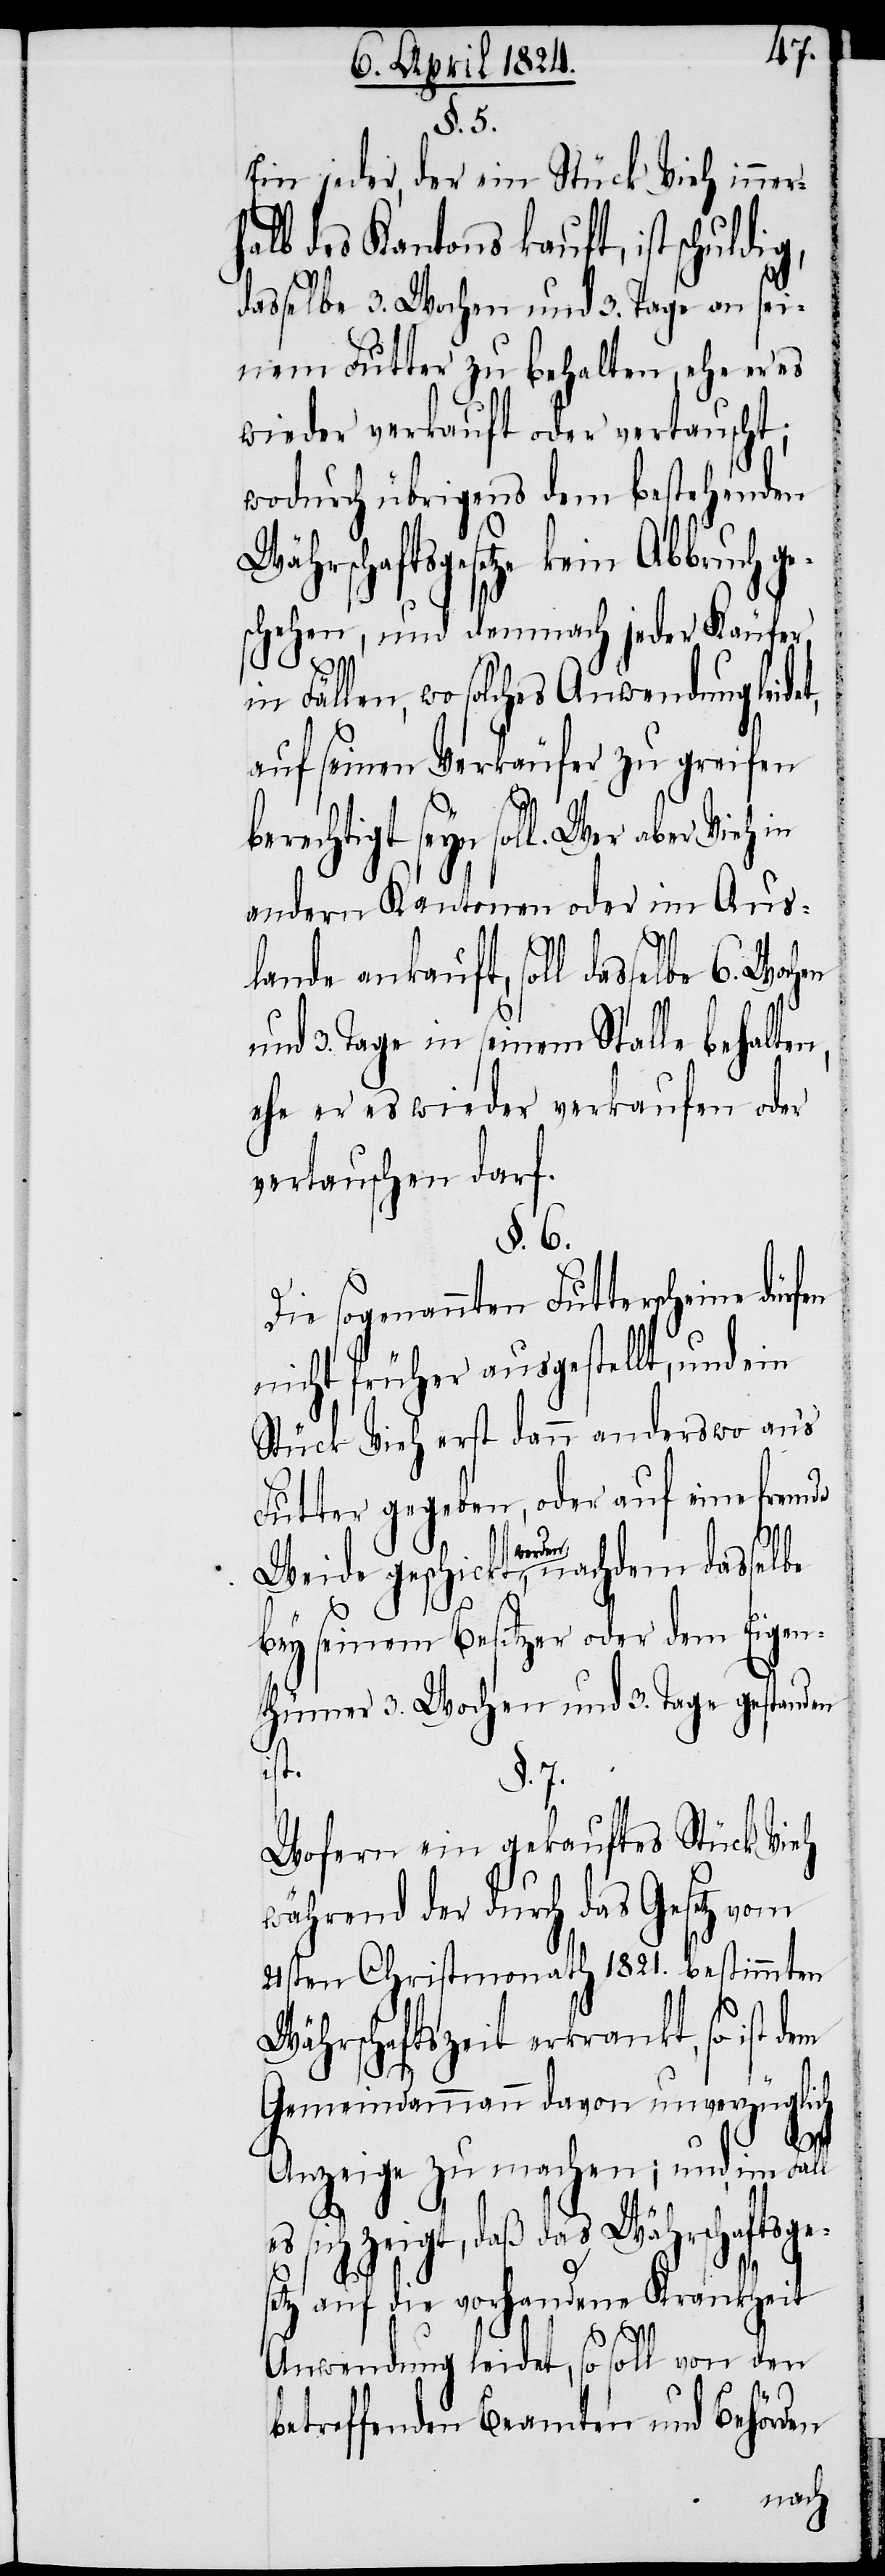
§. 7.
Ein jeder, der ein Stück Vieh inner¬
halb des Kantons kauft, ist schul¬
dasselbe 3. Wochen und 3. Tage an sei¬
nem Futter zu behalten, ehe er es
wieder verkauft oder vertauscht;
wodurch übrigens dem bestehenden
Währschaftsgesetze kein Abbruch ge¬
schehen, und demnach jeder Käufer,
in Fällen, wo solches Anwendung leidet,
auf seinen Verkäufer zu greifen
berechtigt seyn soll. Wer aber
andern Kantonen oder im Aus¬
lande ankauft, soll dasselbe
und 3. Tage in seinem Stalle behalte¬
ehe er es wieder verkaufen oder
vertauschen darf.
§. 6.
Die sogenannten Futterscheine
nicht früher ausgestellt, und ein
Stück Vieh erst dann anderswo aus
Futter gegeben, oder auf eine fremde
Weide geschickt werden, nachdem dasselbe
bey seinem Besitzer oder dem Eigen¬
thümer 3. Wochen und 3. Tage gestanden
ist.
Wofern ein gekauftes Stück Vieh
während der durch das Gesetz vom
21sten Christmonath 1821. bestimmten
Währschaftszeit erkrankt, so ist dem
n,
Gemeindammann davon unverzüglich
l es
Anzeige zu machen; und im Fal¬
sich zeigt, daß das Währschaftsge¬
setz auf die vorhandene Krankheit
Anwendung leidet, so soll von den
betreffenden Beamten und Behörden